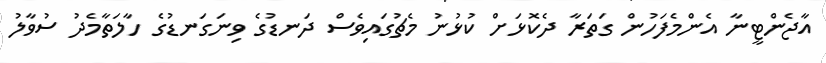
އާޖެންޓީނާ އެންމެފަހުން ގަތަރާ ދެކޮޅަށް ކުޅުނު މެޗުގައިވެސް ދަނޑުގެ ވިނަގަނޑުގެ ހާލަތާމެދު ސުވާލު